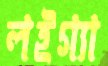
লইগ্যা